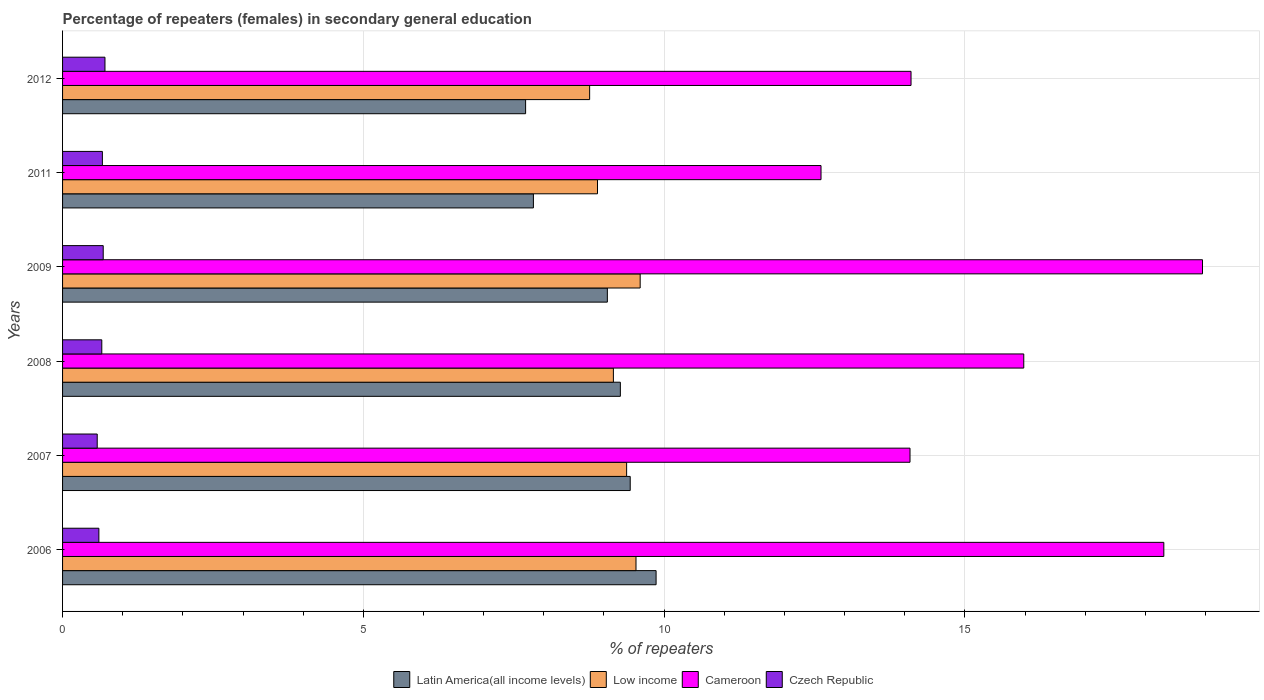
| Years | Latin America(all income levels) | Low income | Cameroon | Czech Republic |
 | --- | --- | --- | --- | --- |
 | 2006 | 9.87 | 9.53 | 18.3 | 0.604 |
 | 2007 | 9.44 | 9.38 | 14.1 | 0.576 |
 | 2008 | 9.27 | 9.16 | 16 | 0.652 |
 | 2009 | 9.06 | 9.6 | 18.9 | 0.676 |
 | 2011 | 7.83 | 8.89 | 12.6 | 0.662 |
 | 2012 | 7.7 | 8.76 | 14.1 | 0.705 |